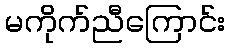
မကိုက်ညီကြောင်း